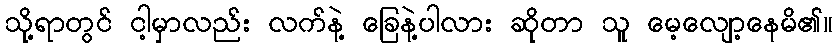
သို့ရာတွင် ငါ့မှာလည်း လက်နဲ့ ခြေနဲ့ပါလား ဆိုတာ သူ မေ့လျော့နေမိ၏။